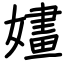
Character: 嫿